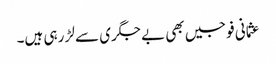
عثمانی فوجیں بھی بے جگری سے لڑ رہی ہیں۔